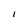
Character: I